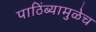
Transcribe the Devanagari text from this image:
पाठिंब्यामुळेच